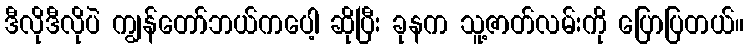
ဒီလိုဒီလိုပဲ ကျွန်တော်ဘယ်ကပေါ့ ဆိုပြီး ခုနက သူ့ဇာတ်လမ်းကို ပြောပြတယ်။